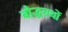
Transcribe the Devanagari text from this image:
बौद्धग्रथों